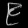
Digit: ၉